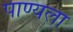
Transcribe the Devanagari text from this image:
पाण्यला